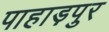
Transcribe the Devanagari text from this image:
पाहाड़पुर